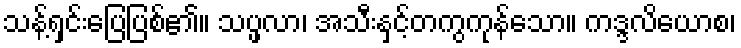
သန့်ရှင်းပြေပြစ်၏။ သပ္ဖလာ၊ အသီးနှင့်တကွကုန်သော။ ကဒ္ဒလိယောစ၊